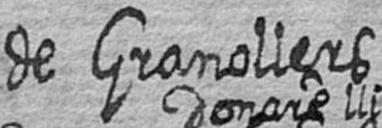
de Granollers